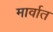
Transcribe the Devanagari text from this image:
मार्वात